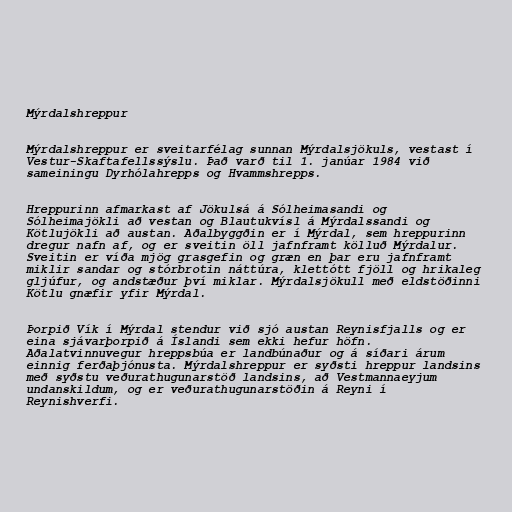
Mýrdalshreppur

Mýrdalshreppur er sveitarfélag sunnan Mýrdalsjökuls, vestast í
Vestur-Skaftafellssýslu. Það varð til 1. janúar 1984 við
sameiningu Dyrhólahrepps og Hvammshrepps.

Hreppurinn afmarkast af Jökulsá á Sólheimasandi og
Sólheimajökli að vestan og Blautukvísl á Mýrdalssandi og
Kötlujökli að austan. Aðalbyggðin er í Mýrdal, sem hreppurinn
dregur nafn af, og er sveitin öll jafnframt kölluð Mýrdalur.
Sveitin er víða mjög grasgefin og græn en þar eru jafnframt
miklir sandar og stórbrotin náttúra, klettótt fjöll og hrikaleg
gljúfur, og andstæður því miklar. Mýrdalsjökull með eldstöðinni
Kötlu gnæfir yfir Mýrdal.

Þorpið Vík í Mýrdal stendur við sjó austan Reynisfjalls og er
eina sjávarþorpið á Íslandi sem ekki hefur höfn.
Aðalatvinnuvegur hreppsbúa er landbúnaður og á síðari árum
einnig ferðaþjónusta. Mýrdalshreppur er syðsti hreppur landsins
með syðstu veðurathugunarstöð landsins, að Vestmannaeyjum
undanskildum, og er veðurathugunarstöðin á Reyni í
Reynishverfi.